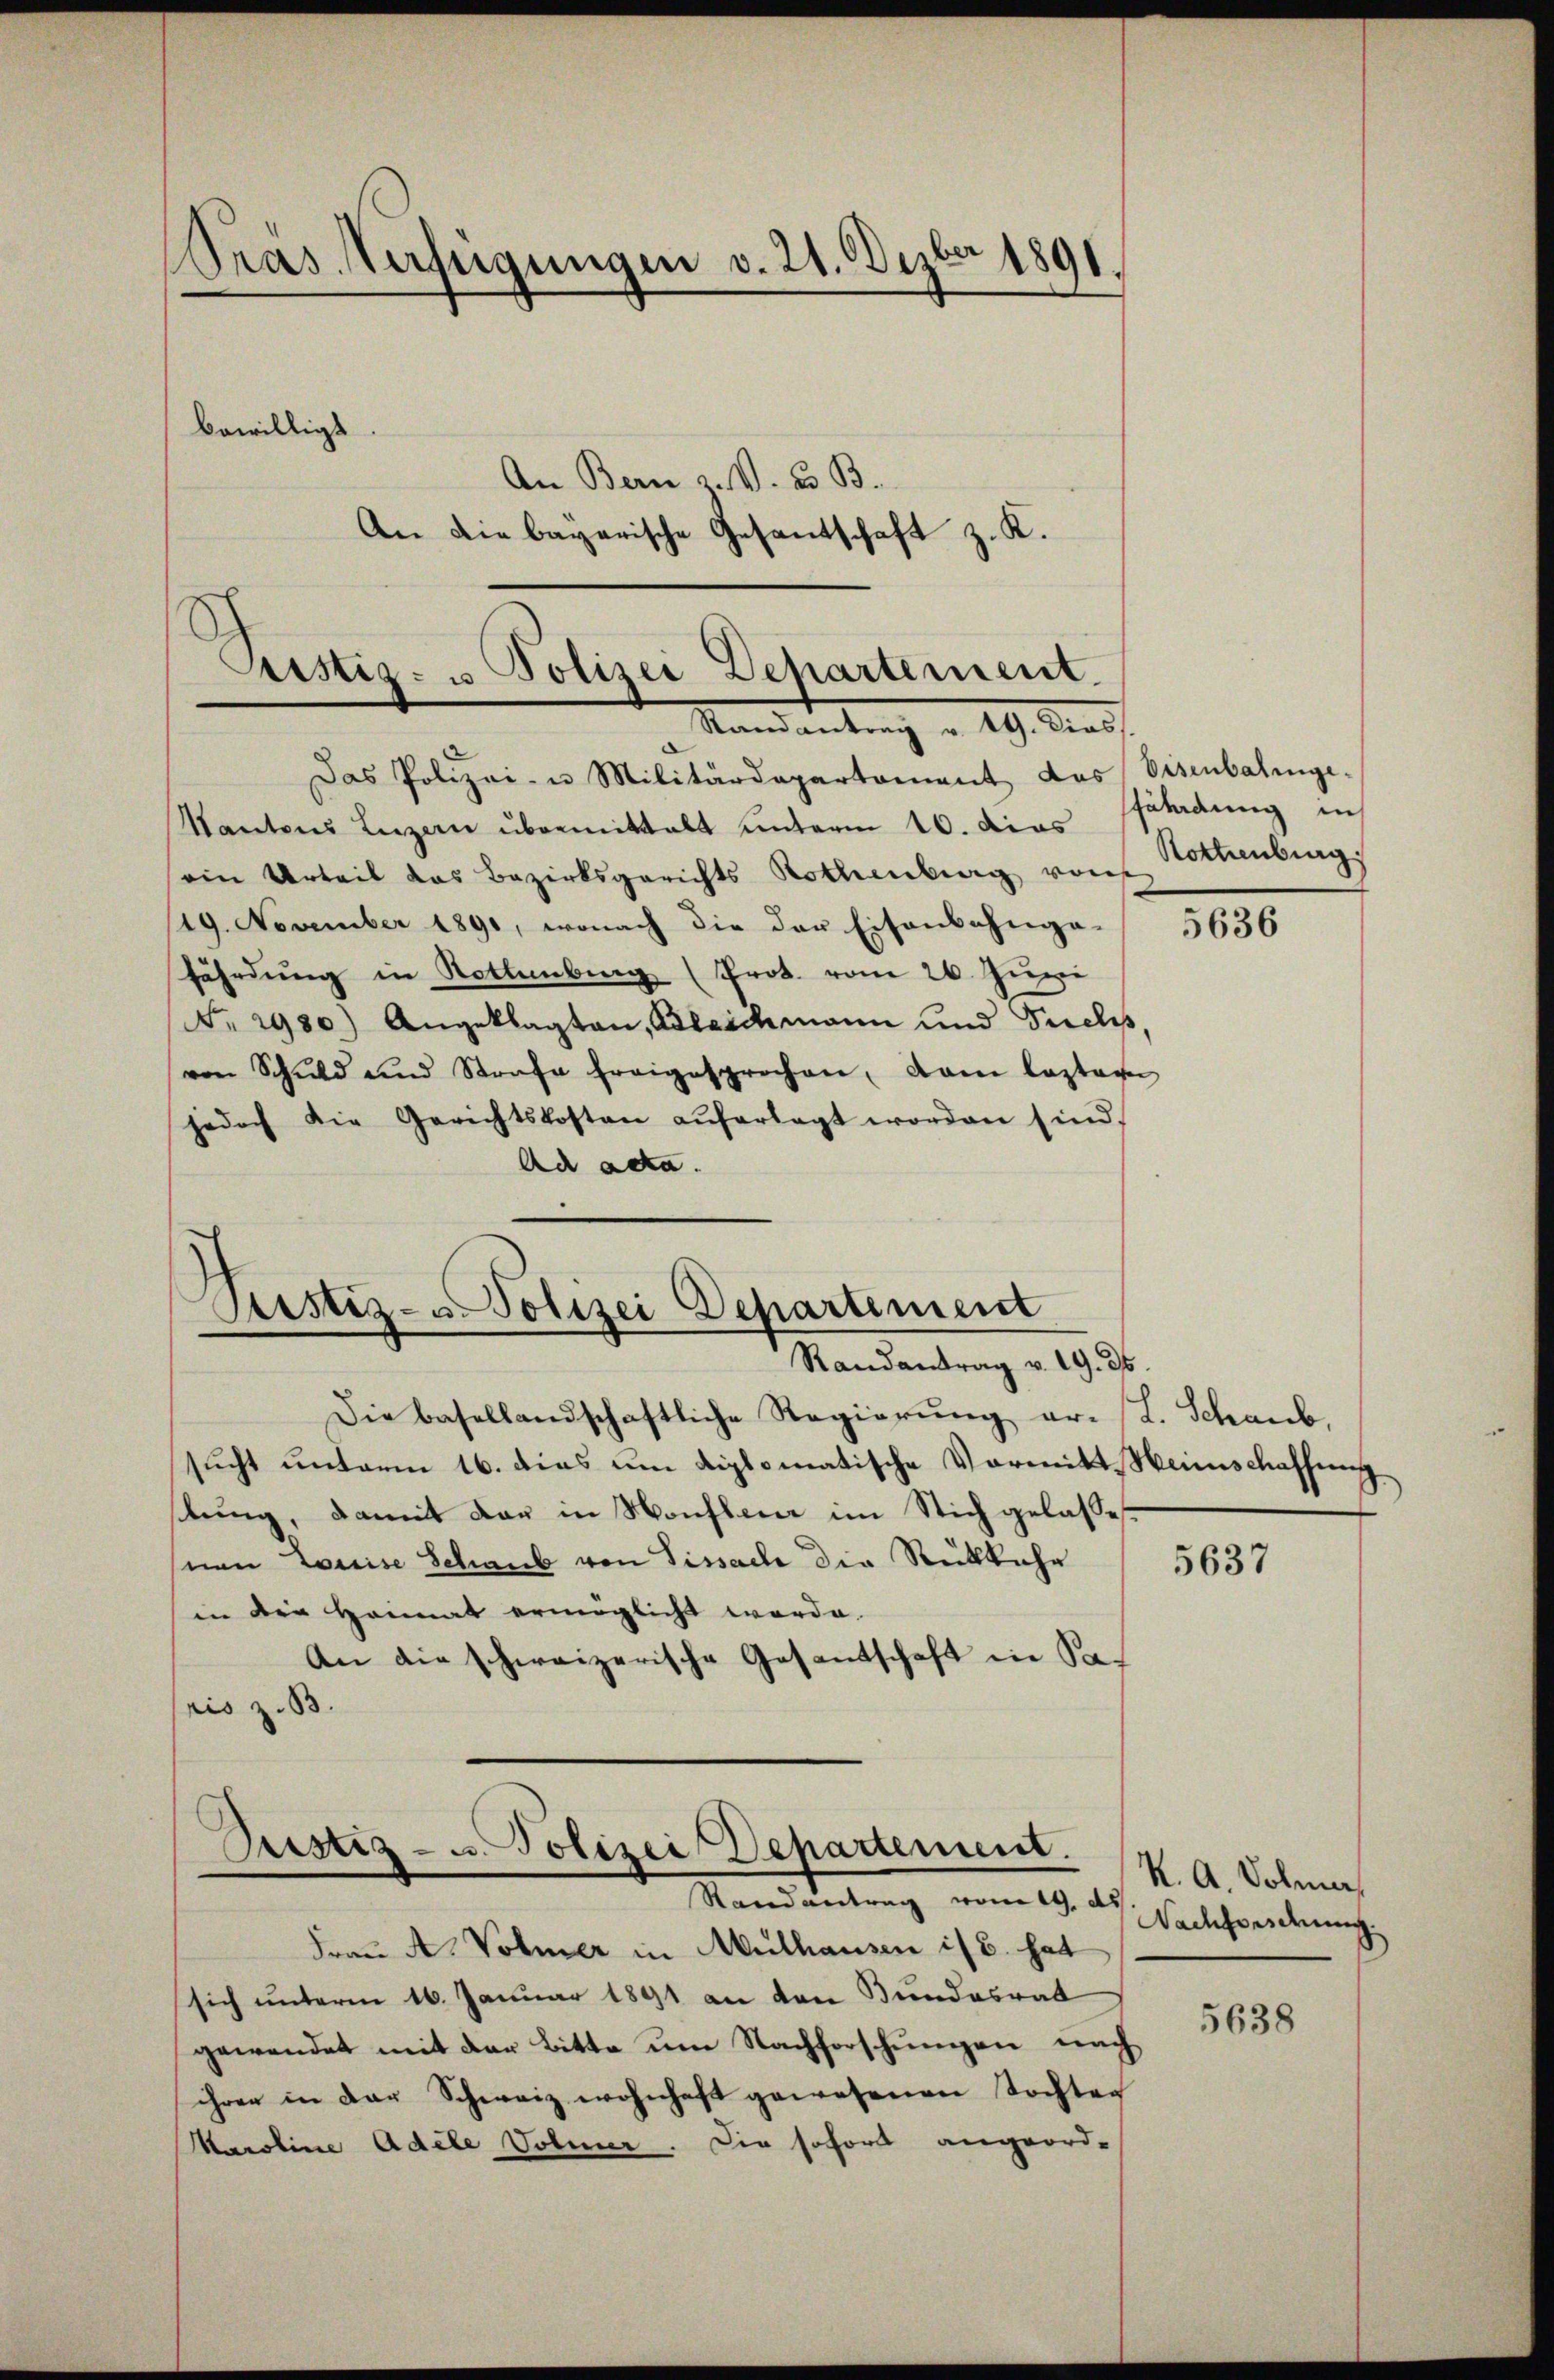
Pras Verfügungen v. 21. Dezbr 1891.

bewilligt

An Bern z. V. u. B.
An die bayerische Gesandschaft z. K.

Prustiz- u Polizei Departement.
Mandantrag u. 19. dies

Das Polizei- u Militärdepartement das Visenbalinge-
Kantons Luzern übermittalt unterm 16. dies filadung in
ein Urteil das Bezirksgerichts Rothenburg von
/19. November 1891, wonach die der Eisenbahnga-
fährdung in Rothenberg (Prot. vom 26. Juni
No 2930) Angeklagten, Kleidmann und Seelis,
von Schuld und Strafe freigesprochen, dann lasten
jedoch die Gerichtskosten aŭferlegt worden sind.
Ac acta.

Pustiz- u Polizei Departement
Randantrag v. 19. 35

Rustiz- u. Polizei Departement. K. A. Volmar

Rottenburg,

Die basellandschaftliche Regierung er- L. Schaub,
sucht unterm 16. dies um diplomatische Vormitt-Weinschaffung.
stung, damit dar in Honfleur im Stich gelasse
nen Louise Schaub von Tissach die Rückkehr
in die Heimat ermöglicht worde.
An die schweizerische Gesantschaft in Sapris z. B.

Mandantung vom 19. d. Nachforstersch
Frau A. Volmer in Muthausen ist. hat
sich unterm 16. Januar 1891 an den Bundesrat
gewendet mit der Bitte um Nachforschungen nach
ihren in der Schweiz wohnhaft gewesenen Tochten
Maroline Adele Volmer. Die sofort angeord-

5636

5637

5638